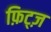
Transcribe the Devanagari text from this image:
फ़िट्ज़